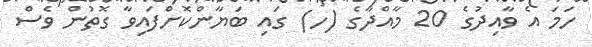
ހަމަ އެ ވާއިދުގެ 20 މާއްދާގެ (ހ) ގައި ބަޔާންކޮށްފައިވާ ގޮތުން ވެސް